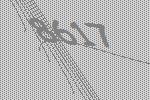
8617